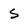
Character: S